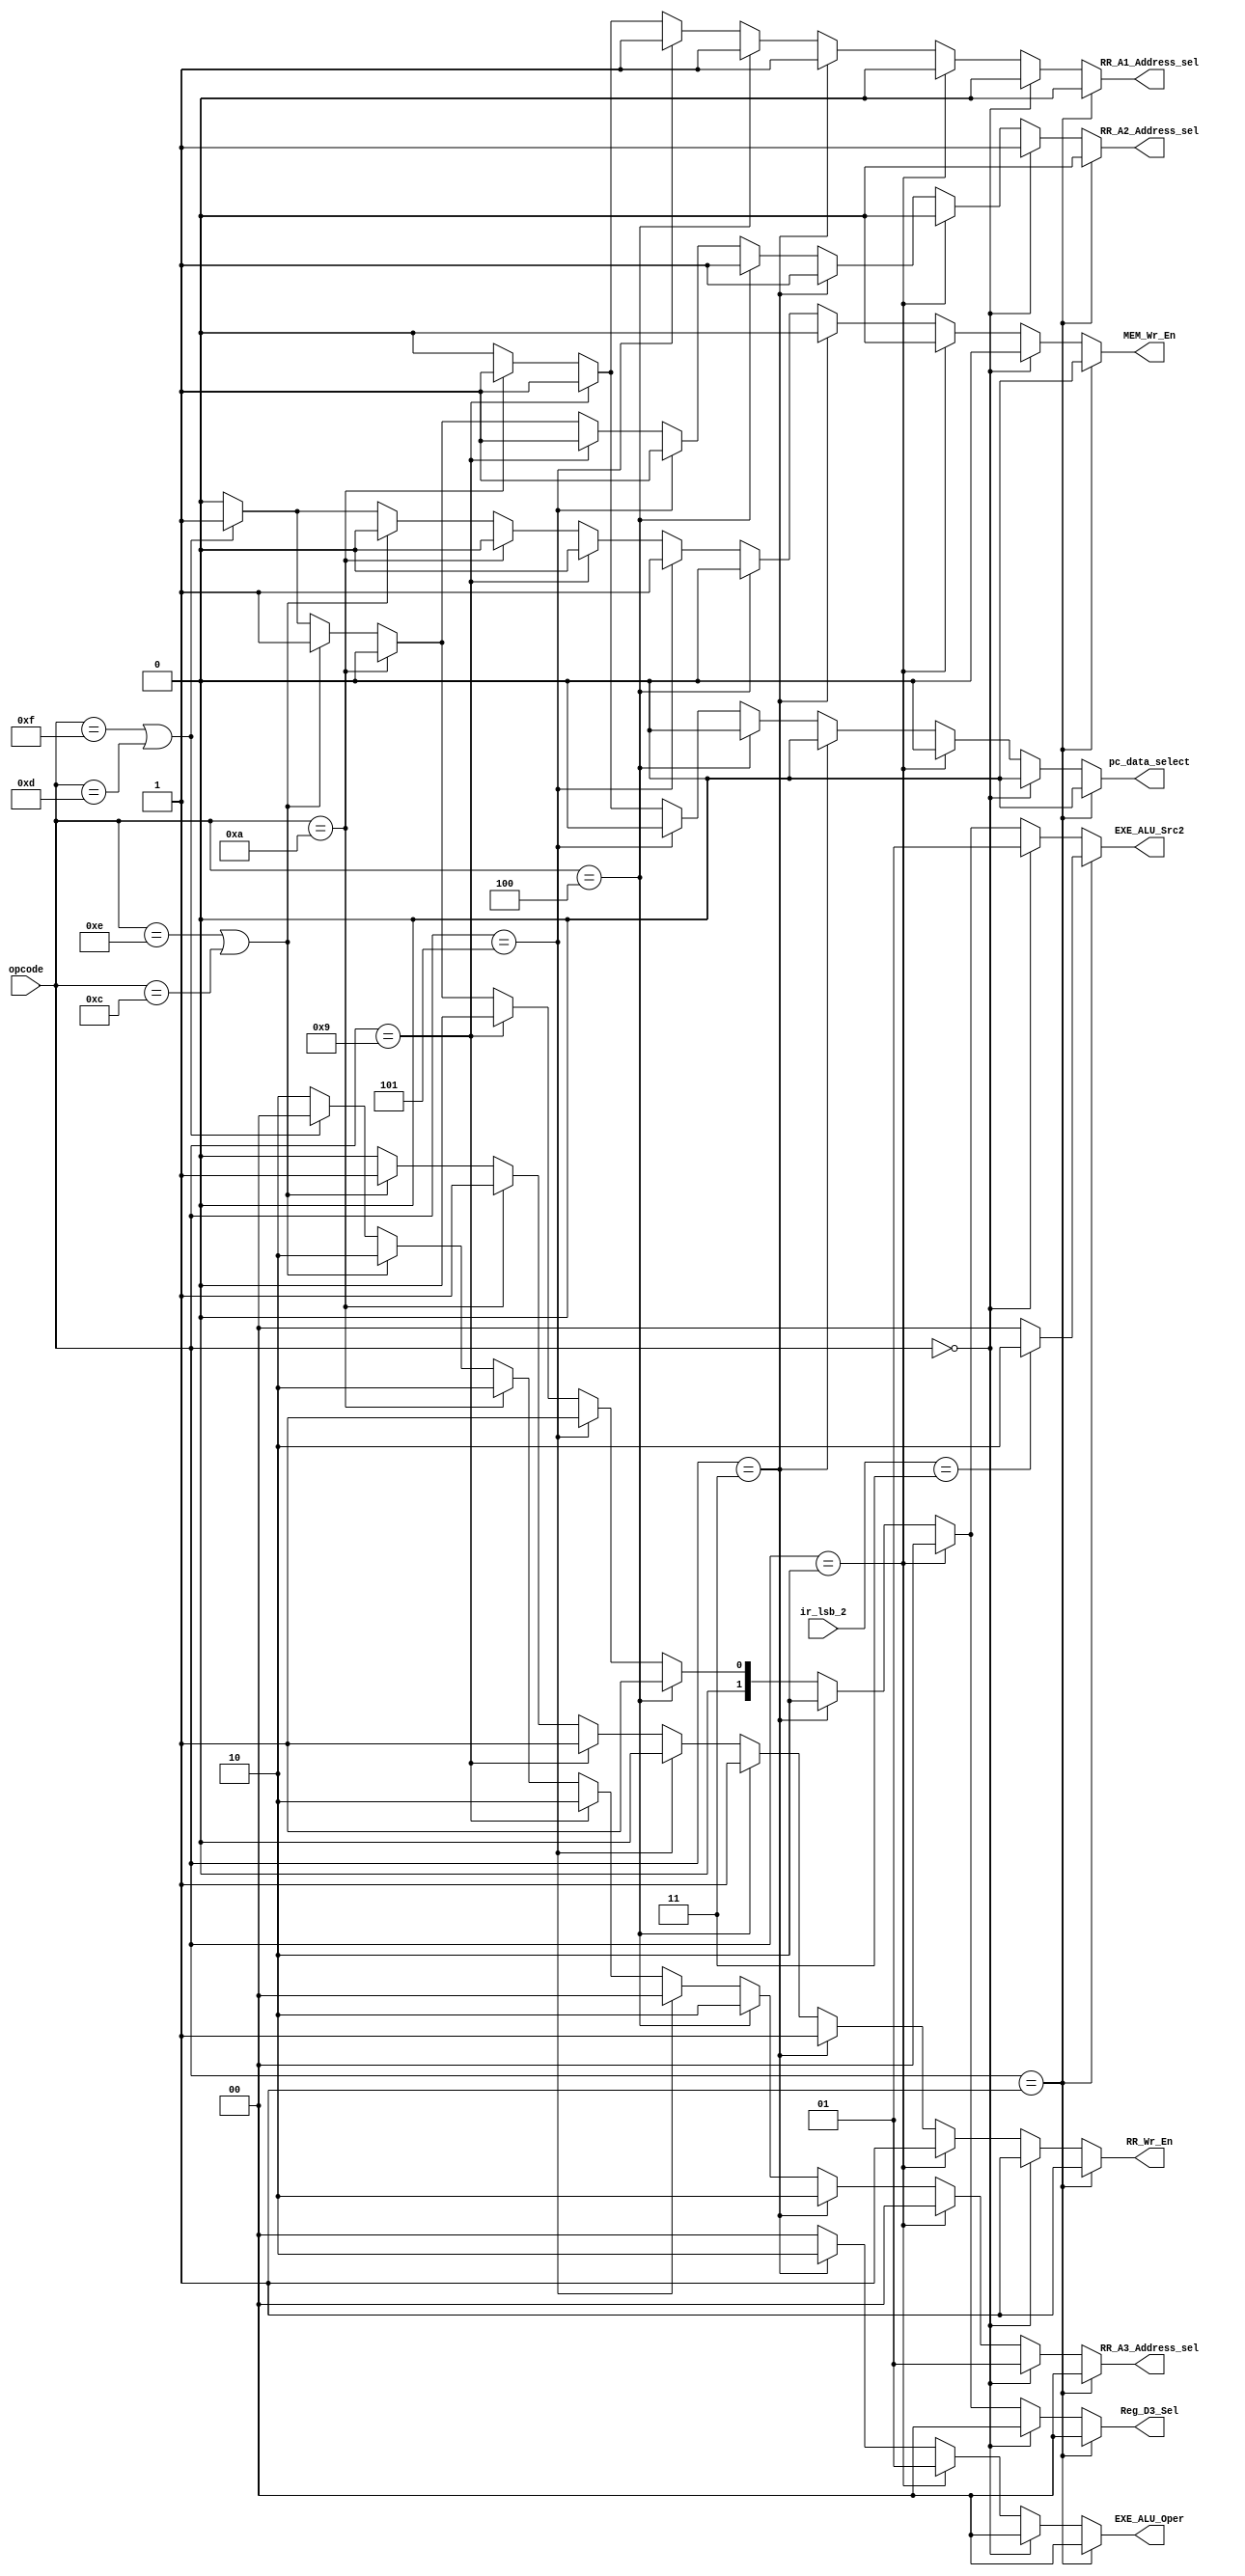
module control_decoder (opcode, ir_lsb_2, RR_A1_Address_sel, RR_A2_Address_sel, RR_A3_Address_sel, RR_Wr_En, 
						EXE_ALU_Src2, EXE_ALU_Oper, Reg_D3_Sel, MEM_Wr_En, pc_data_select);

input [3:0] opcode;
input [1:0] ir_lsb_2;


output reg RR_A1_Address_sel, RR_A2_Address_sel, RR_Wr_En, MEM_Wr_En, pc_data_select;
output reg [1:0] RR_A3_Address_sel, EXE_ALU_Oper, Reg_D3_Sel, EXE_ALU_Src2;

always @(opcode, ir_lsb_2)
	begin
		if( opcode == 4'b0001) begin	  //ADD, ADC, ADZ
			RR_A1_Address_sel = 1'b0;
			RR_A2_Address_sel = 1'b0;
			RR_A3_Address_sel = 2'b00;
			RR_Wr_En = 1'b1;
			pc_data_select = 1'b0;
			if ( ir_lsb_2 == 2'b11)
				EXE_ALU_Src2 = 2'b10;
			else
				EXE_ALU_Src2 = 2'b00;
			EXE_ALU_Oper = 2'b00;
			Reg_D3_Sel = 2'b00;
			MEM_Wr_En = 1'b0;
		end		
		else if( opcode == 4'b0000 ) begin  //ADI
			RR_A1_Address_sel = 1'b0;
			RR_A2_Address_sel = 1'b1; // not required during ADI
			RR_A3_Address_sel = 2'b01; //changed now for ADI not working
			RR_Wr_En = 1'b1;
			pc_data_select = 1'b0;
			EXE_ALU_Src2 = 2'b01;
			EXE_ALU_Oper = 2'b00;
			Reg_D3_Sel = 2'b00;
			MEM_Wr_En = 1'b0; 
		end
		else if( opcode == 4'b0010 ) begin  //NDU, NDC, NDZ
			RR_A1_Address_sel = 1'b0;
			RR_A2_Address_sel = 1'b0;
			RR_A3_Address_sel = 2'b00;
			RR_Wr_En = 1'b1;
			pc_data_select = 1'b0;
			EXE_ALU_Src2 = 2'b00;
			EXE_ALU_Oper = 2'b01;
			Reg_D3_Sel = 2'b00;
			MEM_Wr_En = 1'b0;
		end	
		else if( opcode == 4'b0011 ) begin  //LHI
			RR_A1_Address_sel = 1'b1;  // not required during LHI
			RR_A2_Address_sel = 1'b1;  // not required during LHI
			RR_A3_Address_sel = 2'b10;
			RR_Wr_En = 1'b1;
			pc_data_select = 1'b0;
			EXE_ALU_Src2 = 2'b10;
			EXE_ALU_Oper = 2'b10;  // no ALU operation
			Reg_D3_Sel = 2'b10;
			MEM_Wr_En = 1'b0;
		end
		else if( opcode == 4'b0100 ) begin  //LW
			RR_A1_Address_sel = 1'b1;
			RR_A2_Address_sel = 1'b1; // not required during LW
			RR_A3_Address_sel = 2'b10;
			RR_Wr_En = 1'b1;
			pc_data_select = 1'b0;
			EXE_ALU_Src2 = 2'b01;
			EXE_ALU_Oper = 2'b00;
			Reg_D3_Sel = 2'b01;
			MEM_Wr_En = 1'b0;
		end
		else if( opcode == 4'b0101 ) begin  //SW
			RR_A1_Address_sel = 1'b1;
			RR_A2_Address_sel = 1'b1; 
			RR_A3_Address_sel = 2'b00; // not required during SW
			RR_Wr_En = 1'b0;
			pc_data_select = 1'b0;
			EXE_ALU_Src2 = 2'b01;
			EXE_ALU_Oper = 2'b00;
			Reg_D3_Sel = 2'b01; // not required during SW
			MEM_Wr_En = 1'b1;
		end
		else if ( opcode == 4'b1001 ) begin // JAL
			RR_A1_Address_sel = 1'b1 ; // not rqd for jal
			RR_A2_Address_sel = 1'b1; // not rqd for jal 
			RR_A3_Address_sel = 2'b10; // ir 11:9 
			RR_Wr_En = 1'b1;
			EXE_ALU_Src2 = 2'b00;
			pc_data_select = 1'b1;
			EXE_ALU_Oper = 2'b00;
			Reg_D3_Sel = 2'b00; 
			MEM_Wr_En = 1'b0;
		end
		else if ( opcode == 4'b1010 ) begin // JLR
			RR_A1_Address_sel = 1'b1;  // not rqd for jlr
			RR_A2_Address_sel = 1'b0; 
			RR_A3_Address_sel = 2'b10; // ir 11:9 
			RR_Wr_En = 1'b1;
			EXE_ALU_Src2 = 2'b00;
			pc_data_select = 1'b1;
			EXE_ALU_Oper = 2'b00;
			Reg_D3_Sel = 2'b00; 
			MEM_Wr_En = 1'b0;
		end
		else if( (opcode == 4'b1110) || (opcode == 4'b1100)) begin  //LA and LM
			RR_A1_Address_sel = 1'b0;
			RR_A2_Address_sel = 1'b1; // not required during LA and LM
			RR_A3_Address_sel = 2'b10; // does not matter, the mux at mem stage select accordingly
			RR_Wr_En = 1'b1;
			pc_data_select = 1'b0;
			EXE_ALU_Src2 = 2'b01;
			EXE_ALU_Oper = 2'b00;
			Reg_D3_Sel = 2'b01;
			MEM_Wr_En = 1'b0;
		end
		else if( (opcode == 4'b1111) || (opcode == 4'b1101) ) begin  //SA and SM
			RR_A1_Address_sel = 1'b0;
			RR_A2_Address_sel = 1'b1;  // not required during SA and SM
			RR_A3_Address_sel = 2'b00; // not required during SA and SM
			RR_Wr_En = 1'b0;
			pc_data_select = 1'b0;
			EXE_ALU_Src2 = 2'b01;
			EXE_ALU_Oper = 2'b00;
			Reg_D3_Sel = 2'b01; // not required during SA and SM
			MEM_Wr_En = 1'b1;
		end
		else begin  // corresponding to NOP
			RR_A1_Address_sel = 1'b0;
			RR_A2_Address_sel = 1'b0;
			RR_A3_Address_sel = 2'b10;
			RR_Wr_En = 1'b0;
			pc_data_select = 1'b0;
		    EXE_ALU_Src2 = 2'b00;
			EXE_ALU_Oper = 2'b00;
			Reg_D3_Sel = 2'b00;
			MEM_Wr_En = 1'b0; 
		end

	end
		
endmodule